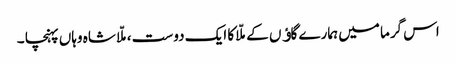
اس گرما میں ہمارے گاﺅں کے ملّا کا ایک دوست ،ملّا شاہ وہاں پہنچا ۔